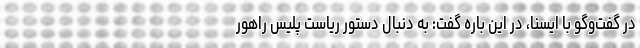
در گفت‌وگو با ایسنا، در این باره گفت: به دنبال دستور ریاست پلیس راهور